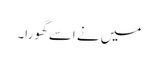
میں نے اسے گھورا۔